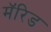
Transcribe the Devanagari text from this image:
मॅरिड